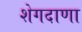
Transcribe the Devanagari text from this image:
शेगदाणा